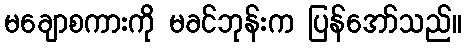
မချောစကားကို မခင်ဘုန်းက ပြန်အော်သည်။